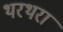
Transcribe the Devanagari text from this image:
थरथरा